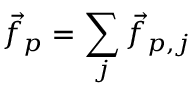
\Vec { f } _ { p } = \sum _ { j } \Vec { f } _ { p , j }